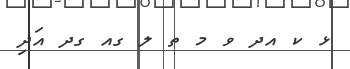
ޅ ކ އދ ވ މ ތ ލ ގއ ގދ އަދި